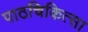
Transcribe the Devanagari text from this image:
पाठचिकित्सा